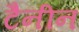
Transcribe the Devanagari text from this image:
टैनीन